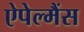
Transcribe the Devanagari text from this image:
ऐपेल्मैंस